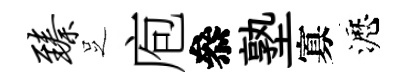
臻𠯁庖叅塾寡瀝